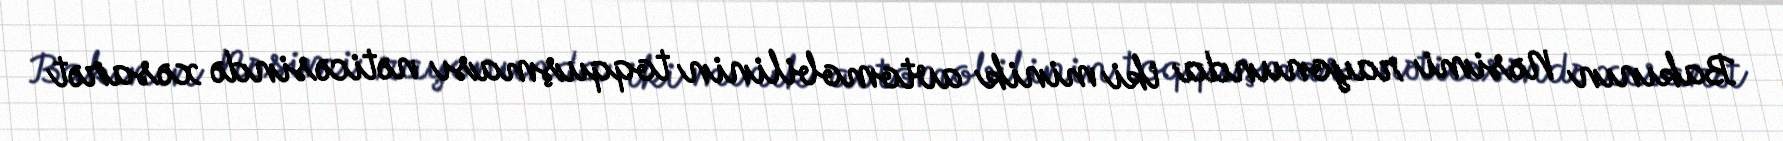
Bakının Nəsimi rayonunda iki minik avtomobilinin toqquşması nəticəsində xəsarət